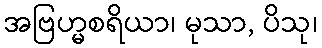
အဗြဟ္မစရိယာ၊ မုသာ, ပိသု၊